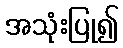
အသုံးပြု၍